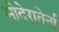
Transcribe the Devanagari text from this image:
मोदेरातेर्ना